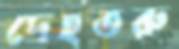
দেহতরু